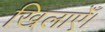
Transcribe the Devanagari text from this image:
खिलाएँ।